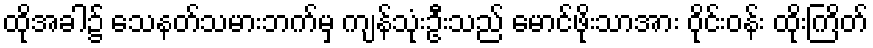
ထိုအခါ၌ သေနတ်သမားဘက်မှ ကျန်သုံးဦးသည် မောင်ဖိုးသာအား ဝိုင်းဝန်း ထိုးကြိတ်